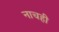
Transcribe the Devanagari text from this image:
नाचही